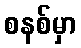
စနစ်မှာ